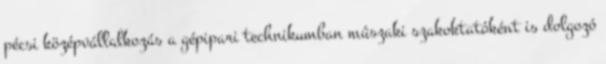
pécsi középvállalkozás a gépipari technikumban mûszaki szakoktatóként is dolgozó